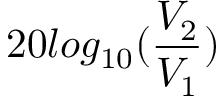
2 0 l o g _ { 1 0 } ( \frac { V _ { 2 } } { V _ { 1 } } )